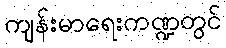
ကျန်းမာရေးကဏ္ဍတွင်